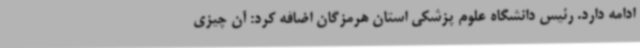
ادامه دارد. رئیس دانشگاه علوم پزشکی استان هرمزگان اضافه کرد: آن چیزی